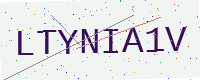
Text: LTYNIA1V